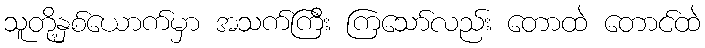
သူတို့နှစ်ယောက်မှာ အသက်ကြီး ကြသော်လည်း တောထဲ တောင်ထဲ